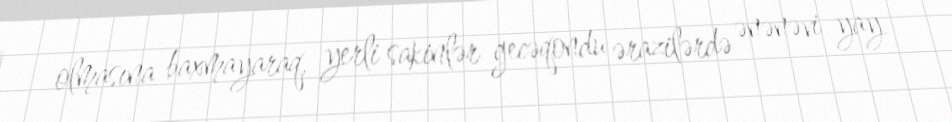
olmasına baxmayaraq, yerli sakinlər gecəqondu ərazilərdə ənənəvi yay